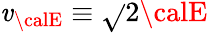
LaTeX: \mathit{v}_{\calE}\equiv\sqrt{}{{2{\calE}}}